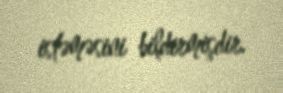
istəməsini bildirmişdir.